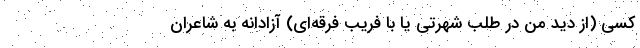
کسی (از دید من در طلب شهرتی یا با فریب فرقه‌ای) آزادانه به شاعران